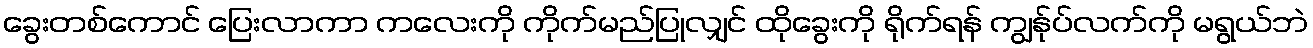
ခွေးတစ်ကောင် ပြေးလာကာ ကလေးကို ကိုက်မည်ပြုလျှင် ထိုခွေးကို ရိုက်ရန် ကျွန်ုပ်လက်ကို မရွယ်ဘဲ